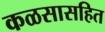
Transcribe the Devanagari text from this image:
कळसासहित